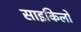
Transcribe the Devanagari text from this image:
साइकिलो